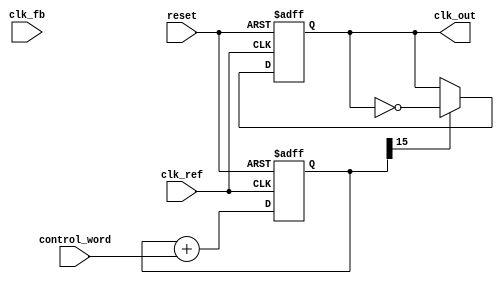
module ADPLL (
    input wire clk_ref,          // Reference clock input
    input wire clk_fb,           // Feedback clock input
    input wire reset,            // Reset signal
    input wire [15:0] control_word, // Control word for NCO
    output reg clk_out           // Output clock
);

// Parameters
parameter NCO_WIDTH = 16;      // Width of the NCO accumulator
parameter LF_WIDTH = 16;        // Width of the loop filter
parameter PHASE_DIFF_WIDTH = 8; // Width of phase difference signal

// Internal signals
reg [NCO_WIDTH-1:0] nco_accumulator; // NCO accumulator
reg [LF_WIDTH-1:0] loop_filter;       // Loop filter output
reg [PHASE_DIFF_WIDTH-1:0] phase_diff; // Phase difference signal
reg [15:0] phase_counter;             // Phase counter for feedback

// Phase Detector (PD)
always @(posedge clk_ref or posedge reset) begin
    if (reset) begin
        phase_diff <= 0;
    end else begin
        // Simple phase detector logic
        if (clk_ref && !clk_fb) begin
            phase_diff <= phase_diff + 1; // Phase lead
        end else if (!clk_ref && clk_fb) begin
            phase_diff <= phase_diff - 1; // Phase lag
        end
    end
end

// Loop Filter (LF)
always @(posedge clk_ref or posedge reset) begin
    if (reset) begin
        loop_filter <= 0;
    end else begin
        // Simple low-pass filter implementation
        loop_filter <= loop_filter + (phase_diff[PHASE_DIFF_WIDTH-1:PHASE_DIFF_WIDTH-4] >> 1);
    end
end

// Numerically Controlled Oscillator (NCO)
always @(posedge clk_ref or posedge reset) begin
    if (reset) begin
        nco_accumulator <= 0;
        clk_out <= 0;
    end else begin
        // Update NCO accumulator
        nco_accumulator <= nco_accumulator + control_word;
        
        // Generate output clock based on NCO accumulator
        if (nco_accumulator[NCO_WIDTH-1]) begin
            clk_out <= ~clk_out; // Toggle output clock
        end
    end
end

// Feedback Logic
always @(posedge clk_out or posedge reset) begin
    if (reset) begin
        phase_counter <= 0;
    end else begin
        phase_counter <= phase_counter + 1; // Increment phase counter
        // Feedback logic can be added here if necessary
    end
end

endmodule